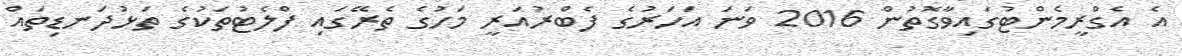
އެ އެގްރީމެންޓުގައިވާގޮތުން 2016 ވަނަ އަހަރުގެ ފެބްރުއަރީ މަހުގެ ތެރޭގައި ފްލެޓުތަކުގެ ތަޅުދަނޑިތައް